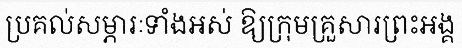
ប្រគល់សម្ភារៈទាំងអស់ ឱ្យក្រុមគ្រួសារព្រះអង្គ